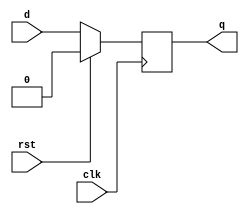
// D Flip-Flop model
module dff (clk,rst,d,q);
  input clk,rst,d;
  output q;
  reg q;

  always @ (posedge clk)
    if (rst) begin
      q <= 0;
    end else begin
      q <= d;
    end

endmodule